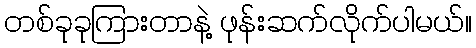
တစ်ခုခုကြားတာနဲ့ ဖုန်းဆက်လိုက်ပါမယ်။